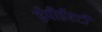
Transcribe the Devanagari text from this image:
ईपीईएटी